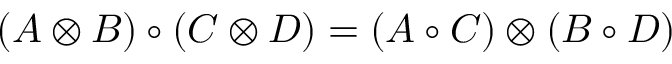
( A \otimes B ) \circ ( C \otimes D ) = ( A \circ C ) \otimes ( B \circ D )